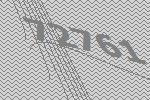
72761